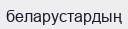
беларустардың